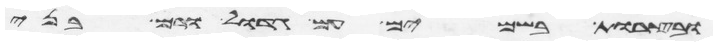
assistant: ובצרות בשמים עם גדול ורם בני